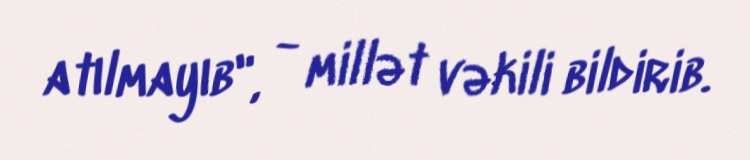
atılmayıb", - millət vəkili bildirib.